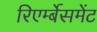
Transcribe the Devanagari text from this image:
रिएर्म्बेसमेंट